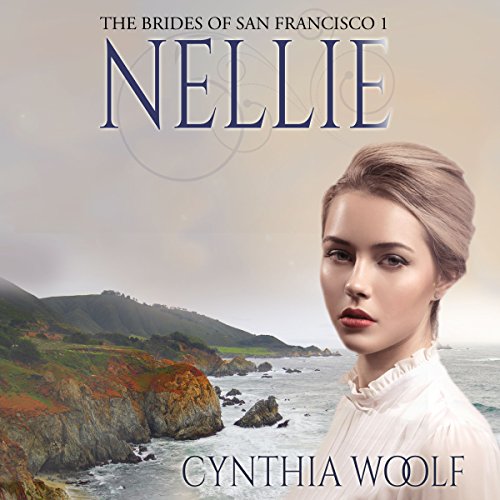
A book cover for Nellie: The Brides of San Francisco Book 1; Cynthia Woolf; Romance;